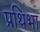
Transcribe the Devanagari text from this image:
प्रथिभा